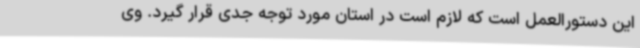
این دستورالعمل است که لازم است در استان مورد توجه جدی قرار گیرد. وی